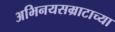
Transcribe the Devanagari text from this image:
अभिनयसम्राटाच्या